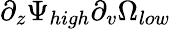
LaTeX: \partial_{z}\Psi_{high}\partial_{v}\Omega_{low}